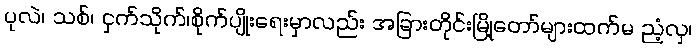
ပုလဲ၊ သစ်၊ ငှက်သိုက်၊စိုက်ပျိုးရေးမှာလည်း အခြားတိုင်းမြို့တော်များထက်မ ညံ့လှ၊